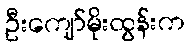
ဦးကျော်မိုးထွန်းက